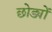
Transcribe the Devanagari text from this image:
छोड्यों